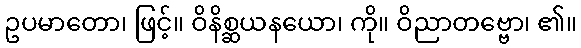
ဥပမာတော၊ ဖြင့်။ ဝိနိစ္ဆယနယော၊ ကို။ ဝိညာတဗ္ဗော၊ ၏။